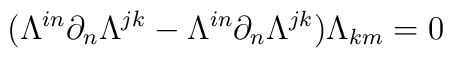
(\Lambda^{in}\partial_n\Lambda^{jk}-\Lambda^{in}\partial_n\Lambda^{jk})\Lambda_{km}=0